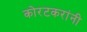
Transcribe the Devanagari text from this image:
कोरटकरांनी